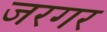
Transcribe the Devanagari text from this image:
जरगर